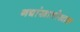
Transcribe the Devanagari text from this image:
नद्यांखालोखाल